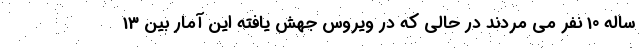
ساله 10 نفر می مُردند در حالی که در ویروس جهش یافته این آمار بین 13